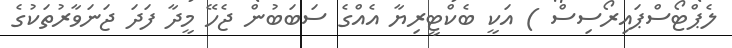
ލެޕްޓޯސްޕައިރޯސިސް ) އަކީ ބެކްޓީރިޔާ އެއްގެ ސަބަބުން ޖެހޭ މީދާ ފަދަ ޖަނަވާރުތަކުގެ